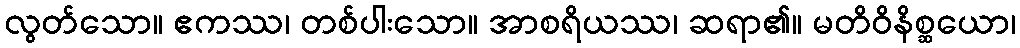
လွတ်သော။ ဧကဿ၊ တစ်ပါးသော။ အာစရိယဿ၊ ဆရာ၏။ မတိဝိနိစ္ဆယော၊